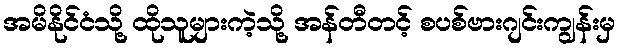
အမိနိုင်ငံသို့ ထိုသူများကဲ့သို့ အန်တီတင့် စပစ်ဗားဂျင်းကျွန်းမှ